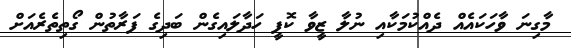
މާގިނަ ވާހަކައެއް ދެއްކުމަކާއި ނުލާ ޒީވާ ކޮފީ ހަދާލައިގެން ބަދިގެ ފަރާތުން ގޯތިތެރެއަށް